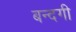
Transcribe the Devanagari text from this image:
बन्दगी